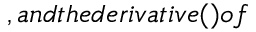
, a n d t h e d e r i v a t i v e ( ) o f